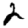
Digit: 3